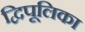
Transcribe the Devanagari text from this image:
द्विपूलिका